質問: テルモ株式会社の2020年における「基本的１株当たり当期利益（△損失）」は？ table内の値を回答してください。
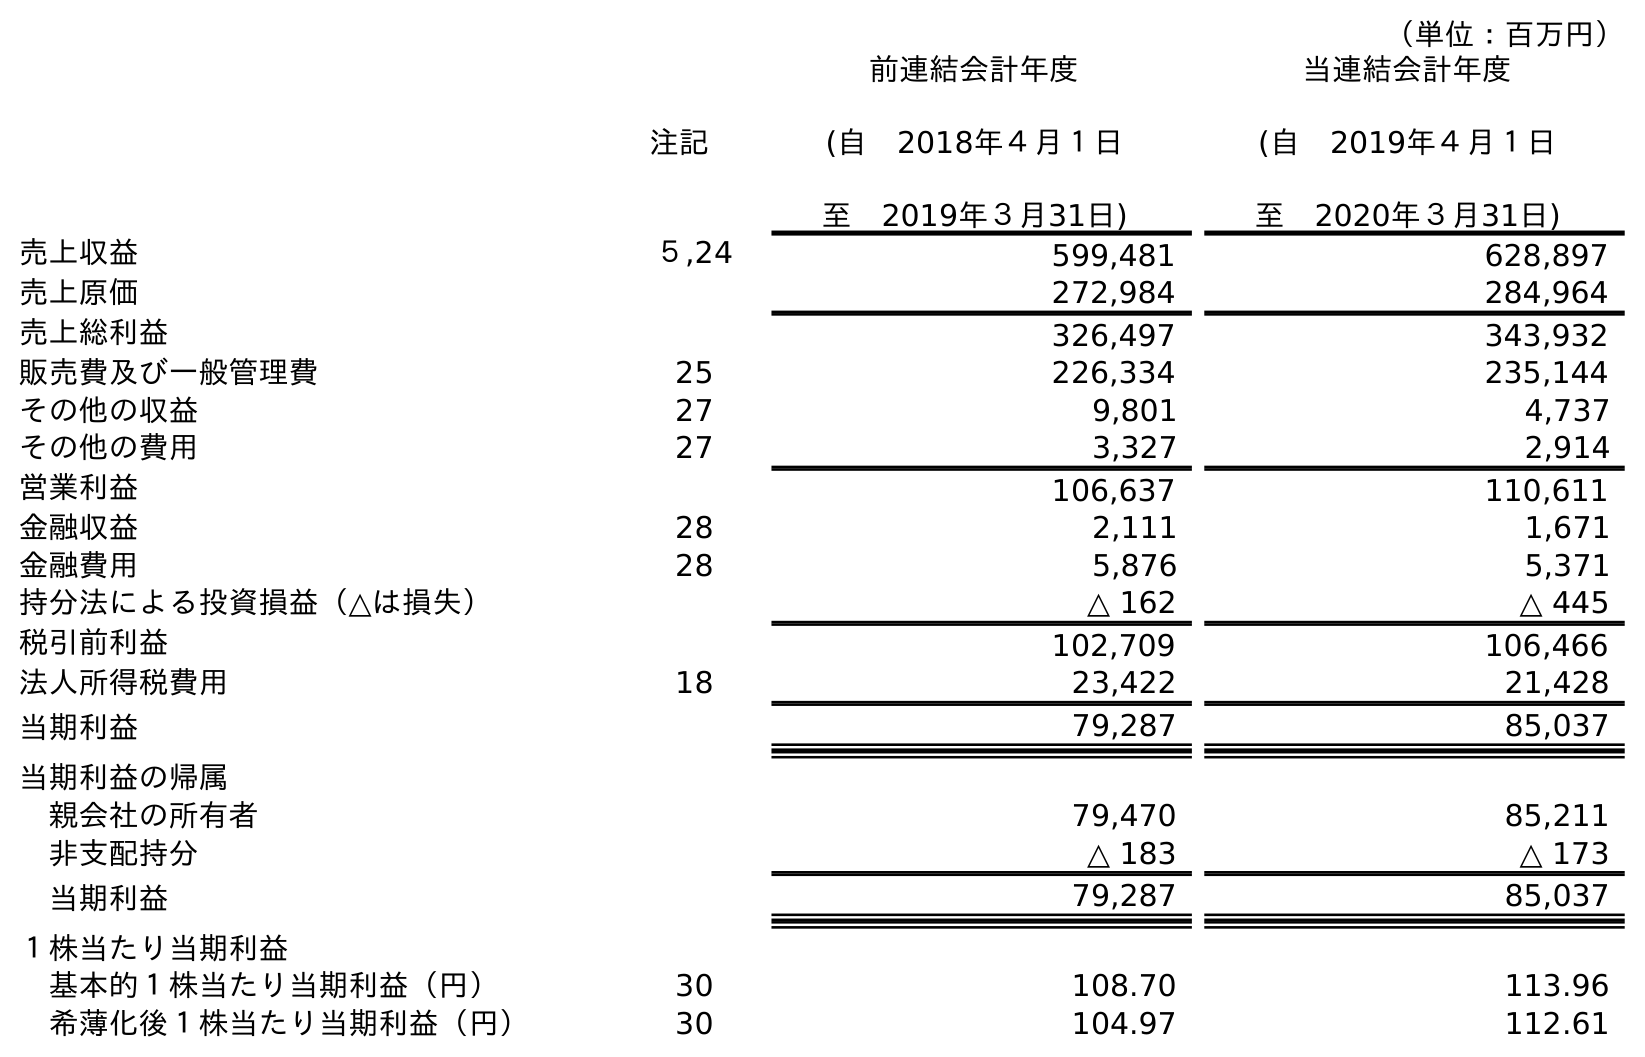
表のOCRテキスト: （単位：百万円） 注記 前連結会計年度 (自 2018年４月１日 至 2019年３月31日) 当連結会計年度 (自 2019年４月１日 至 2020年３月31日) 売上収益 ５,24 599,481 628,897 売上原価 272,984 284,964 売上総利益 326,497 343,932 販売費及び一般管理費 25 226,334 235,144 その他の収益 27 9,801 4,737 その他の費用 27 3,327 2,914 営業利益 106,637 110,611 金融収益 28 2,111 1,671 金融費用 28 5,876 5,371 持分法による投資損益（△は損失） △ 162 △ 445 税引前利益 102,709 106,466 法人所得税費用 18 23,422 21,428 当期利益 79,287 85,037 当期利益の帰属 親会社の所有者 79,470 85,211 非支配持分 △ 183 △ 173 当期利益 79,287 85,037 １株当たり当期利益 基本的１株当たり当期利益（円） 30 108.70 113.96 希薄化後１株当たり当期利益（円） 30 104.97 112.61
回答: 113.96